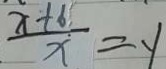
\frac { x + 6 } { x } = y